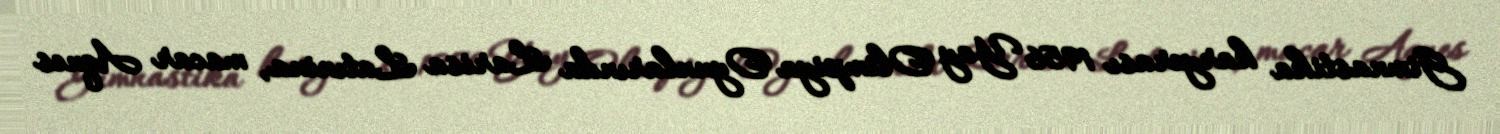
Gimnastika karyerası 1956 Yay Olimpiya Oyunlarında Larisa Latınina, macar Aqnes